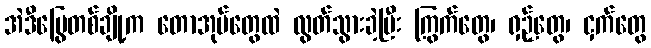
အဲဒီမြွေတစ်ချို့က တောအုပ်တွေထဲ လွတ်သွားခဲ့ပြီး ကြွက်တွေ၊ ရှဉ့်တွေ၊ ငှက်တွေ